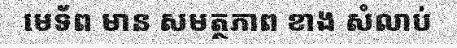
មេទ័ព មាន សមត្ថភាព ខាង សំលាប់